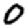
Digit: 0